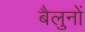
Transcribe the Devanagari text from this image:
बैलुनों